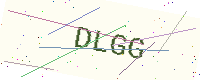
Text: DLGG